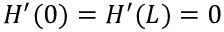
H ^ { \prime } ( 0 ) = H ^ { \prime } ( L ) = 0